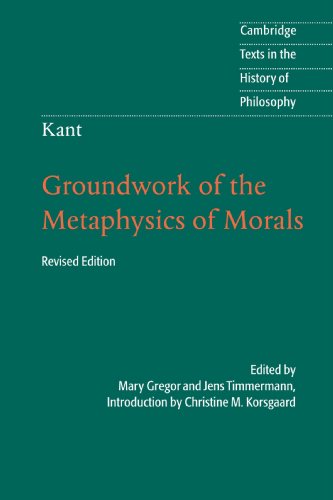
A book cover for Kant: Groundwork of the Metaphysics of Morals (Cambridge Texts in the History of Philosophy); Science & Math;